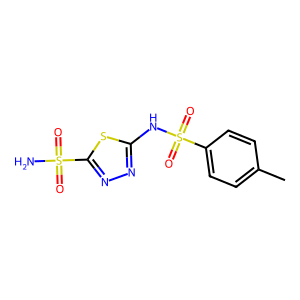
SMILES: Cc1ccc(S(=O)(=O)Nc2nnc(S(N)(=O)=O)s2)cc1
Inhibits HIV replication: No